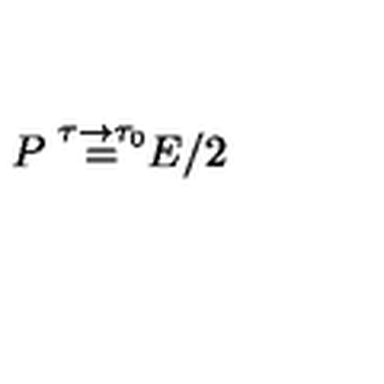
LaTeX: \frac { P \buildrel { \tau \to \tau _ { 0 } } } { = E / 2 }